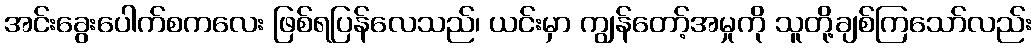
အင်းခွေးပေါက်စကလေး ဖြစ်ရပြန်လေသည်၊ ယင်းမှာ ကျွန်တော့်အမှုကို သူတို့ချစ်ကြသော်လည်း